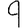
Digit: 9